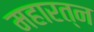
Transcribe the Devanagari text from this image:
महारत्‍न